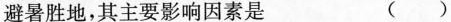
避暑胜地，其主要影响因素是 ()